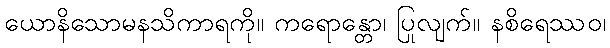
ယောနိသောမနသိကာရကို။ ကရောန္တော၊ ပြုလျက်။ နစိရေဿဝ၊